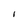
Character: I